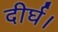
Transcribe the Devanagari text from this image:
दीर्घ।